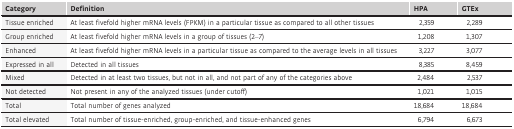
| Category | Definition | HPA | GTEx |
 | --- | --- | --- | --- |
 | Tissue enriched | At least fivefold higher mRNA levels (FPKM) in a particular tissue as compared to all other tissues | 2,359 | 2,289 |
 | Group enriched | At least fivefold higher mRNA levels in a group of tissues (2–7) | 1,208 | 1,307 |
 | Enhanced | At least fivefold higher mRNA levels in a particular tissue as compared to the average levels in all tissues | 3,227 | 3,077 |
 | Expressed in all | Detected in all tissues | 8,385 | 8,459 |
 | Mixed | Detected in at least two tissues, but not in all, and not part of any of the categories above | 2,484 | 2,537 |
 | Not detected | Not present in any of the analyzed tissues (under cutoff) | 1,021 | 1,015 |
 | Total | Total number of genes analyzed | 18,684 | 18,684 |
 | Total elevated | Total number of tissue‐enriched, group‐enriched, and tissue‐enhanced genes | 6,794 | 6,673 |